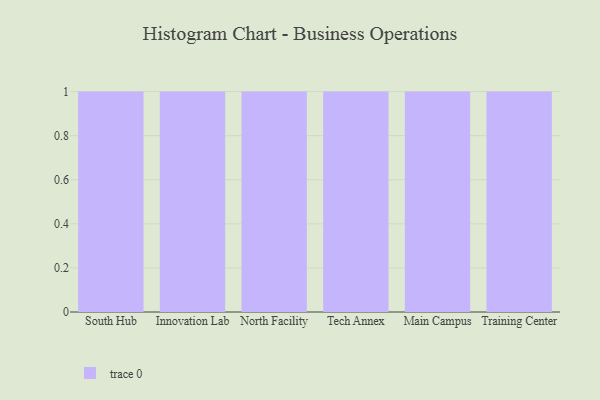
{"axis": {"x": "Campus", "y": "Headcount"}, "legend": [""], "data": [{"x": "South Hub", "y": 95, "type": ""}, {"x": "Innovation Lab", "y": 17, "type": ""}, {"x": "North Facility", "y": 22, "type": ""}, {"x": "Tech Annex", "y": 100, "type": ""}, {"x": "Main Campus", "y": 58, "type": ""}, {"x": "Training Center", "y": 61, "type": ""}]}